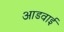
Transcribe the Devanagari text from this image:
आडवाई